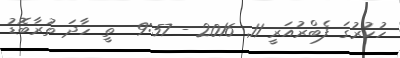
ހުކުރުގަ ފެބްރުއަރީ 11